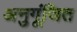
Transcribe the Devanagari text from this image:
अनुगूंजित